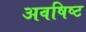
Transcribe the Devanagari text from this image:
अवषिष्ट